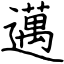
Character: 邁